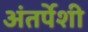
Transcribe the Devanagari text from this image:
अंतर्पेशी